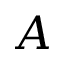
A